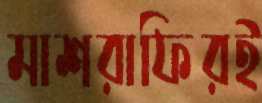
মাশরাফিরই